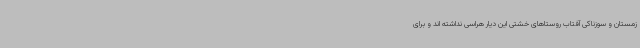
زمستان و سوزناکی آفتاب روستاهای خشتی این دیار هراسی نداشته اند و برای